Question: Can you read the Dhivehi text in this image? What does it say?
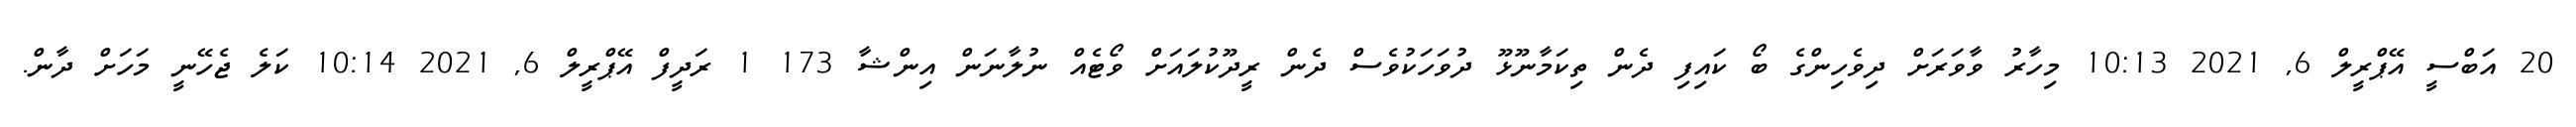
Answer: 20 އަބްސީ އޭޕްރީލް 6, 2021 10:13 މިހާރު ވާވަރަށް ދިވެހިންގެ ބޯ ކައިފި ދެން ތިކަމާނޫޅޫ ދުވަހަކުވެސް ދެން ރީދޫކުލައަށް ވޯޓެއް ނުލާނަން އިންޝާ 173 1 ރަދީފް އޭޕްރީލް 6, 2021 10:14 ކަލެ ޖެހޭނީ މަހަށް ދާން.